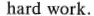
hard work.